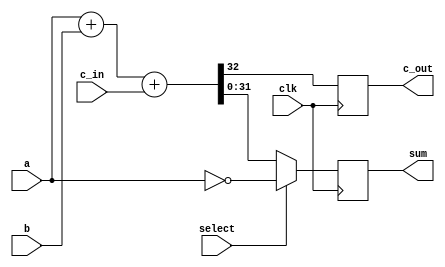
`timescale 1ns / 1ps
//////////////////////////////////////////////////////////////////////////////////
// Company: 
// Engineer: 
// 
// Design Name: 
// Module Name: Verification_RegAdder
// Project Name: 
// Target Devices: 
// Tool Versions: 
// Description: 
// 
// Dependencies: 
// 
// Revision:
// Revision 0.01 - File Created
// Additional Comments:
// 
//////////////////////////////////////////////////////////////////////////////////


module Verification_RegAdder #(parameter N = 32) (
    output reg c_out,
    output reg [N-1:0] sum, 
    input  [N-1 :0] a,
    input  [N-1 :0] b,
    input  c_in, 
    input select,
    input  clk
    );
    
    wire [N-1:0] sum_temp;
    wire c_out_temp; 
    assign {c_out_temp, sum_temp} = a + b + c_in; 
    
    always @(posedge clk) begin
        c_out <= c_out_temp;
        sum <= (select) ? ~a : sum_temp;
    end 
   
endmodule